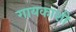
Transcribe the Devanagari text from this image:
गायकाशी